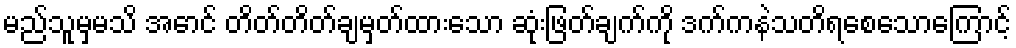
မည်သူမှမသိ အောင် တိတ်တိတ်ချမှတ်ထားသော ဆုံးဖြတ်ချက်ကို ဒက်ကနဲသတိရစေသောကြောင့်